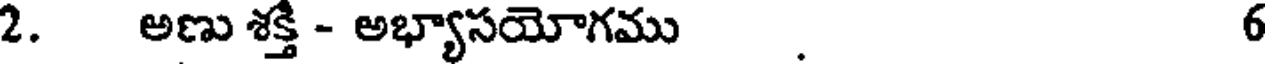
2. అణు శక్తి - అభ్యాసయోగము . 6